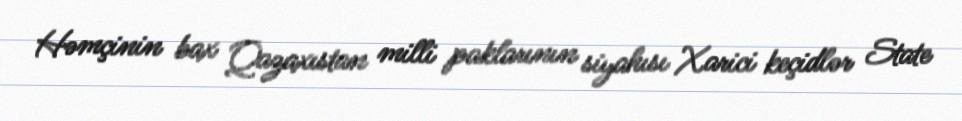
Həmçinin bax Qazaxıstan milli paklarının siyahısı Xarici keçidlər State